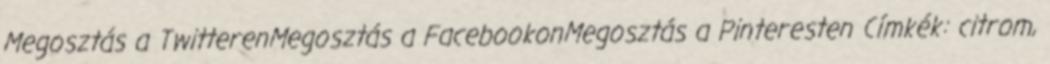
Megosztás a TwitterenMegosztás a FacebookonMegosztás a Pinteresten Címkék: citrom,